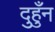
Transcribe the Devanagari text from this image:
दुहुँन